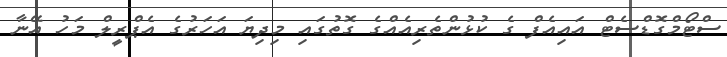
ސްޓޯމްގޮޑްސެޓް އައިއެފް ގެ ކުޅުންތެރިއެއްގެ ގޮތުގައި މިދިޔަ އަހަރުގެ އެޕްރީލް މަހު އޭނާ